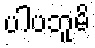
ပါပဘူမိ